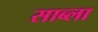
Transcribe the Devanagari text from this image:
साब्ला